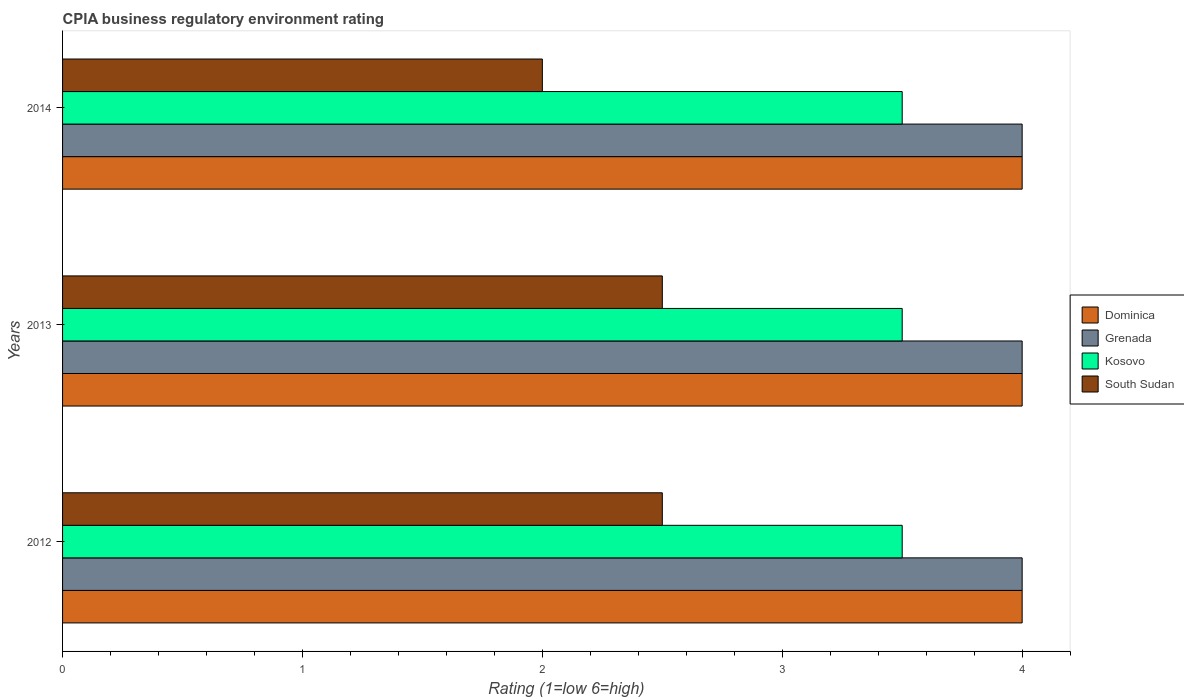
| Years | Dominica | Grenada | Kosovo | South Sudan |
 | --- | --- | --- | --- | --- |
 | 2012 | 4 | 4 | 3.5 | 2.5 |
 | 2013 | 4 | 4 | 3.5 | 2.5 |
 | 2014 | 4 | 4 | 3.5 | 2 |